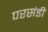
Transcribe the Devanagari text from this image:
परसंडी